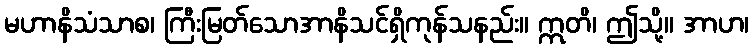
မဟာနိသံသာစ၊ ကြီးမြတ်သောအာနိသင်ရှိကုန်သနည်း။ ဣတိ၊ ဤသို့။ အာဟ၊